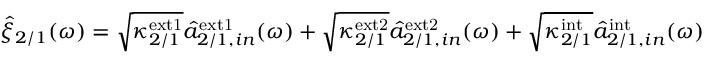
\begin{array} { r } { \hat { \xi } _ { 2 / 1 } ( \omega ) = \sqrt { \kappa _ { 2 / 1 } ^ { \mathrm { e x t 1 } } } \hat { a } _ { 2 / 1 , i n } ^ { \mathrm { e x t 1 } } ( \omega ) + \sqrt { \kappa _ { 2 / 1 } ^ { \mathrm { e x t 2 } } } \hat { a } _ { 2 / 1 , i n } ^ { \mathrm { e x t 2 } } ( \omega ) + \sqrt { \kappa _ { 2 / 1 } ^ { \mathrm { i n t } } } \hat { a } _ { 2 / 1 , i n } ^ { \mathrm { i n t } } ( \omega ) } \end{array}